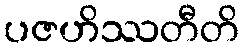
ပဇဟိဿတီတိ